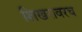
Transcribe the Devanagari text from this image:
शिखरावरच